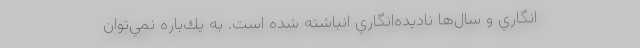
‌انگاري و سال‌ها ناديده‌انگاري انباشته شده است. به يك‌باره نمي‌توان